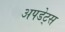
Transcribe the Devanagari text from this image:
अपडेट्स